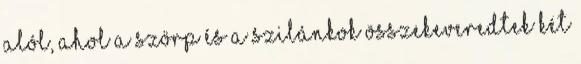
alól, ahol a szörp és a szilánkok összekeveredtek két